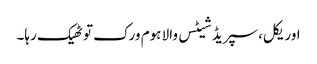
اوریکل، سپریڈ شیٹس والا ہوم ورک تو ٹھیک رہا۔